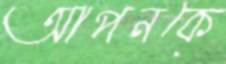
আপনকে